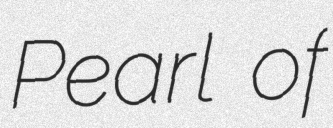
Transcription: Pearl of